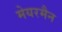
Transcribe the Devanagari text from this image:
मेयरमैन